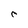
Character: C